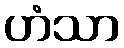
ဟံသာ